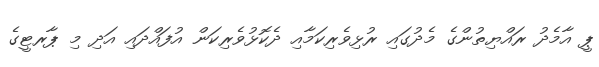
ޕީ އާމެދު ރައްޔިތުންގެ މެދުގައި ރުޅިވެރިކަމާއި ދެކޮޅުވެރިކަން އުފައްދައި އަދި މި ޕާރޓީގެ